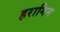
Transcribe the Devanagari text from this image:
हरागिन